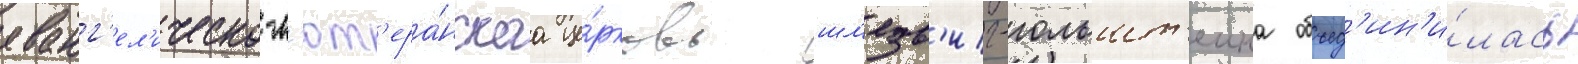
еванг'ел'ическо-л'ют'ера́нскаа це́рковь шл'езв'иг-гольшт'еина объед'ин'и́лась